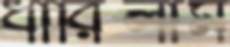
ধারিলাম